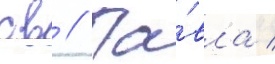
св // Па́вла /